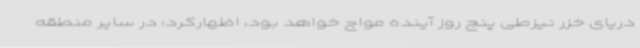
دریای خزر نیزطی پنج روز آینده مواج خواهد بود، اظهارکرد: در سایر منطقه